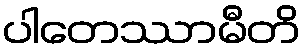
ပါတေဿာမီတိ